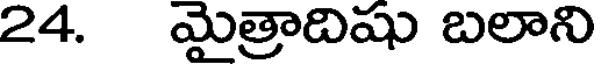
24. మైత్రాదిషు బలాని